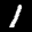
Label: 1